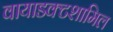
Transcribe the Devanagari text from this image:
वायाडक्टशामिल